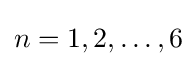
{\textstyle n=1,2,\ldots ,6}